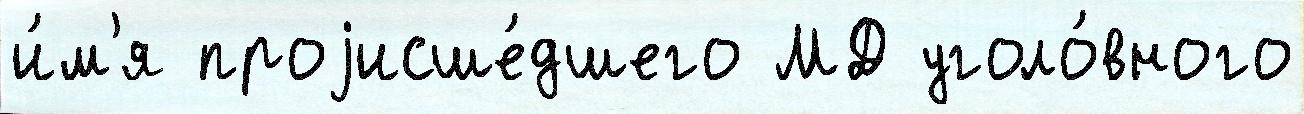
и́м'я проjисше́дшего МД уголо́вного